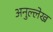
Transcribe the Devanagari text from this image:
अनुल्लेख